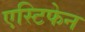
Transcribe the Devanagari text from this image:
एस्टिफेन